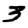
Digit: 3